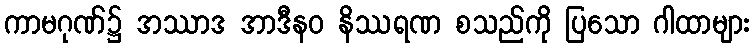
ကာမဂုဏ်၌ အဿာဒ အာဒီနဝ နိဿရဏ စသည်ကို ပြသော ဂါထာများ